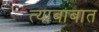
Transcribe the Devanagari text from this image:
त्याबाबात